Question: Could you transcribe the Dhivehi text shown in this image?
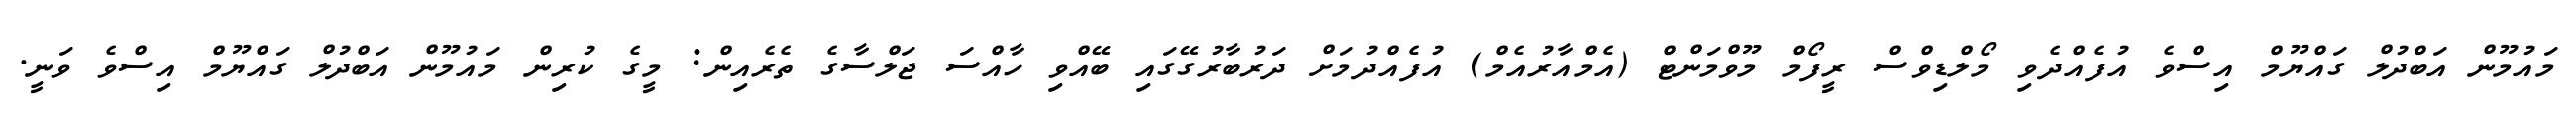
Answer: މައުމޫން އަބްދުލް ގައްޔޫމް އިސްވެ އުފެއްދެވި މޯލްޑިވްސް ރީފޯމް މޫވްމަންޓް (އެމްއާރުއެމް) އުފެއްދުމަށް ދަރުބާރުގޭގައި ބޭއްވި ހާއްސަ ޖަލްސާގެ ތެރެއިން: މީގެ ކުރިން މައުމޫން އަބްދުލް ގައްޔޫމް އިސްވެ ވަނީ.